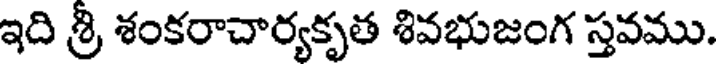
ఇది శ్రీ శంకరాచార్యకృత శివభుజంగ స్తవము.